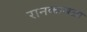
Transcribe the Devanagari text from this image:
रानकावळा